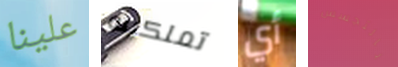
علينا تملكينه أي بالتجسس